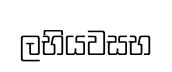
ලභියවසභ